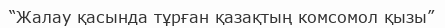
“Жалау қасында тұрған қазақтың комсомол қызы”